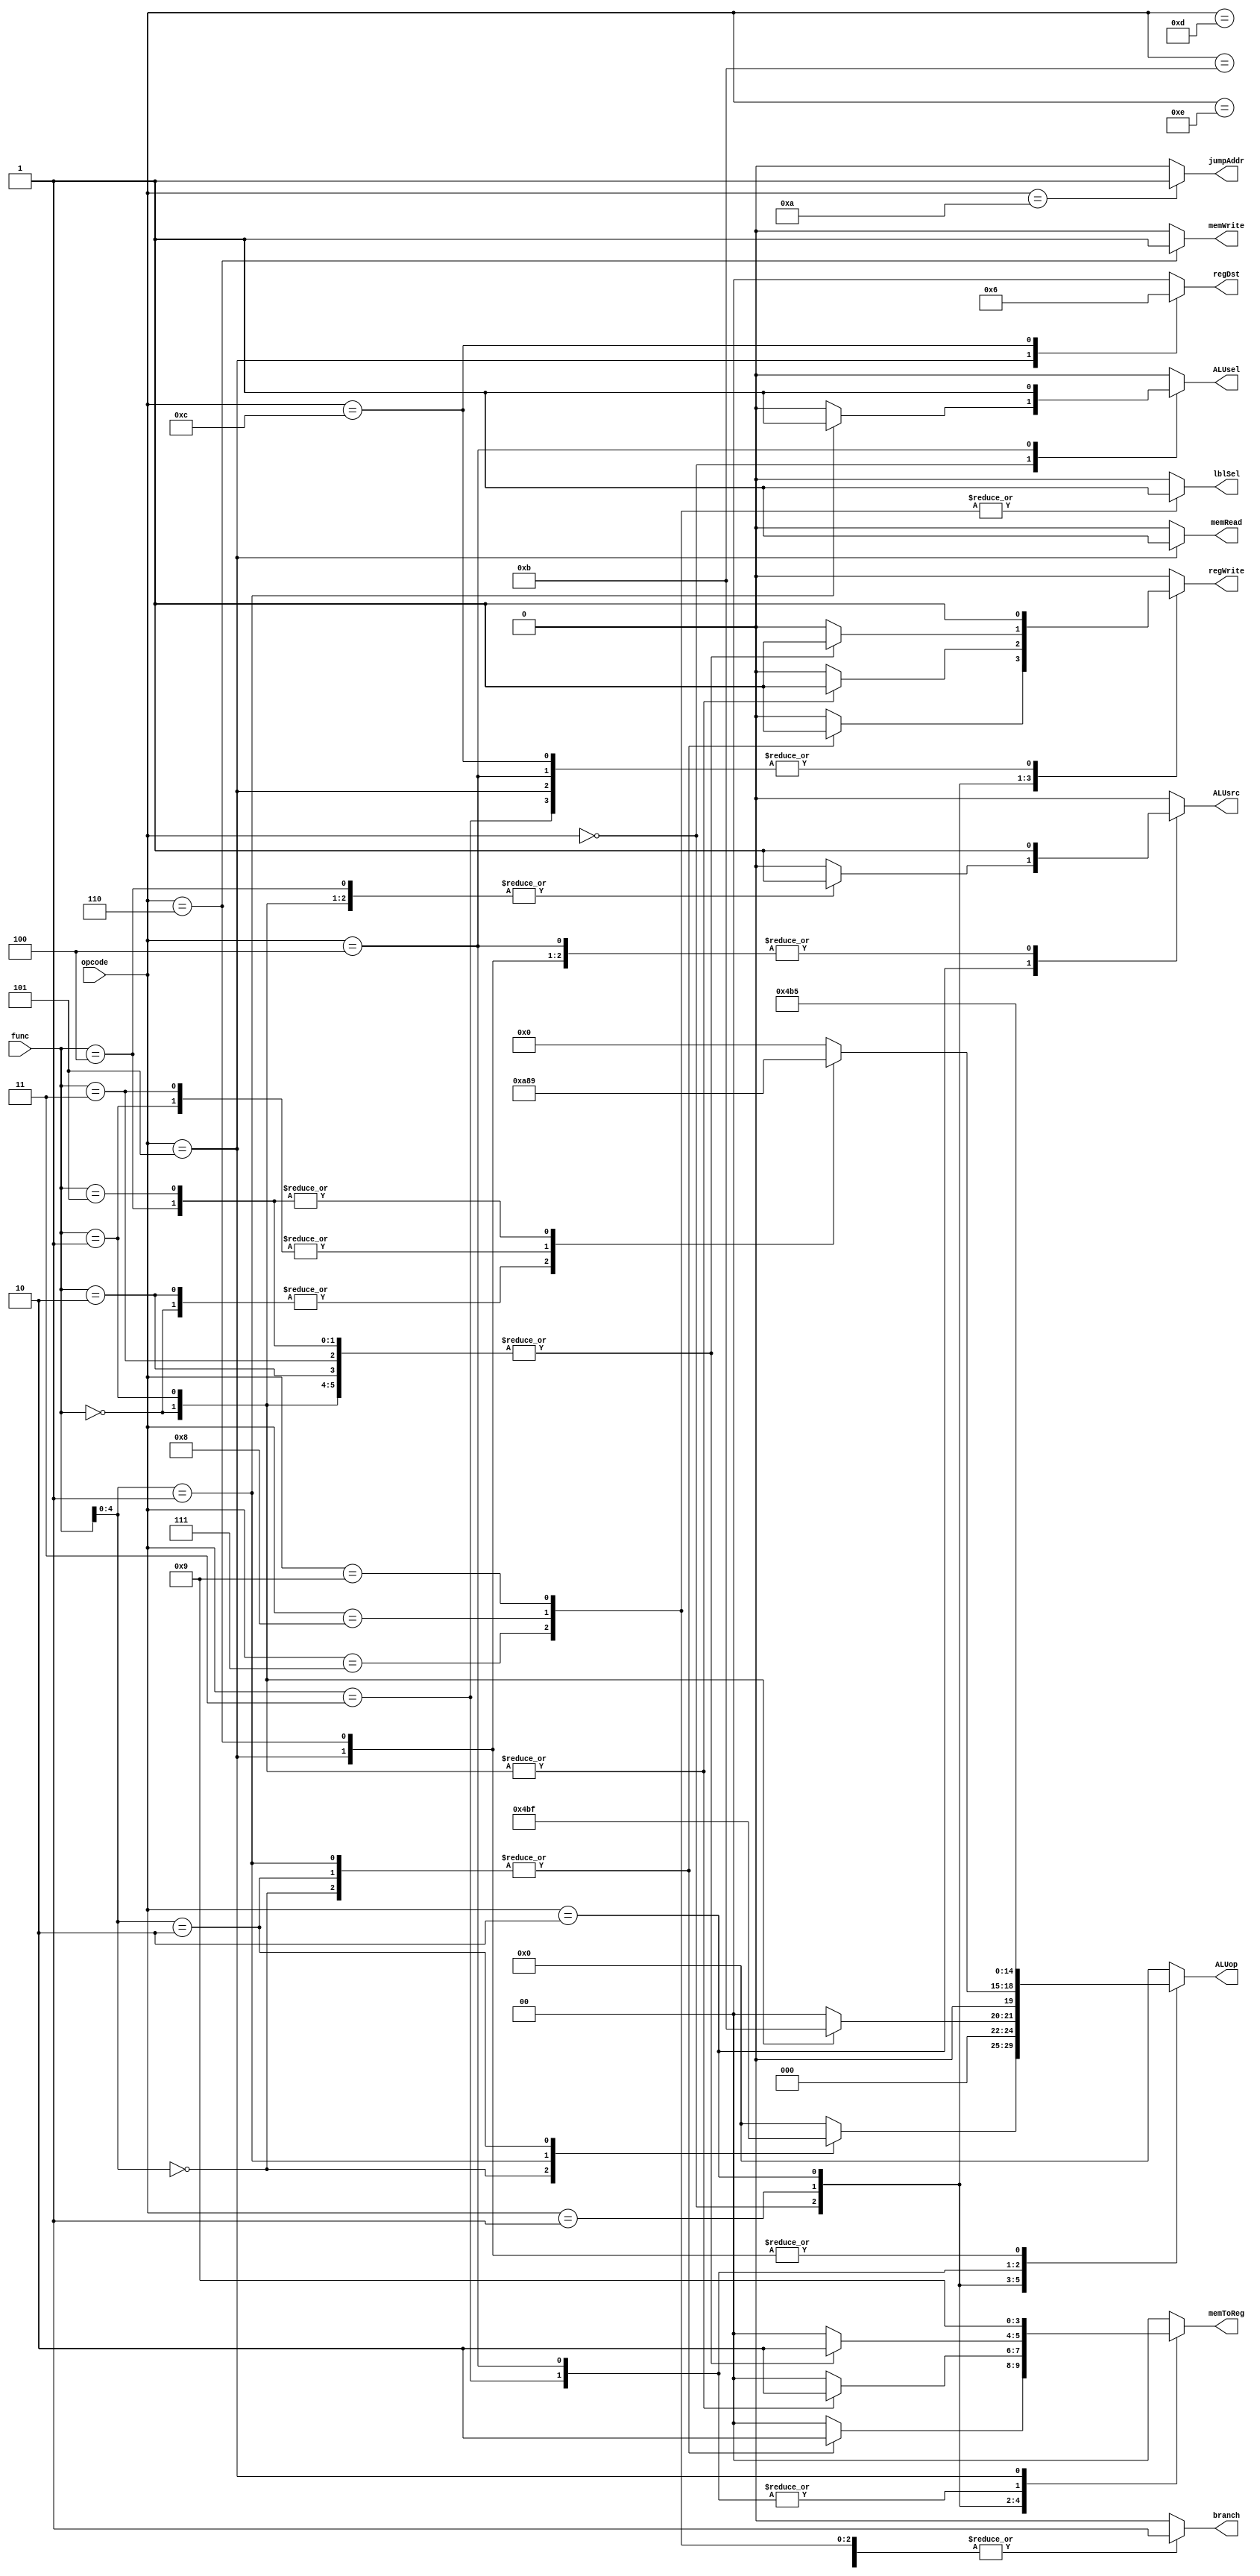
`timescale 1ns / 1ps

module control_unit (
    input [5:0] opcode,
    input [10:0] func,
    output reg [1:0] regDst,
    output reg regWrite,
    output reg memRead,
    output reg memWrite,
    output reg [1:0] memToReg,
    output reg ALUsrc,
    output reg [4:0] ALUop,
    output reg ALUsel,
    output reg branch,
    output reg jumpAddr,
    output reg lblSel
);

    always @(opcode or func) begin
        case (opcode)
            6'b000000 : begin
                case (func[4:0])
                    5'b00000 : begin        // add
                        regDst = 2'b00;
                        regWrite = 1'b1;
                        memRead = 1'b0;
                        memWrite = 1'b0;
                        memToReg = 2'b10;
                        ALUsrc = 1'b0;
                        ALUop = 5'b00001;
                        ALUsel = 1'b0;
                        branch = 1'b0;
                        jumpAddr = 1'b0;
                        lblSel = 1'b0;
                    end 
                    5'b00001 : begin        // comp
                        regDst = 2'b00;
                        regWrite = 1'b1;
                        memRead = 1'b0;
                        memWrite = 1'b0;
                        memToReg = 2'b10;
                        ALUsrc = 1'b0;
                        ALUop = 5'b00101;
                        ALUsel = 1'b1;
                        branch = 1'b0;
                        jumpAddr = 1'b0;
                        lblSel = 1'b0;
                    end
						  5'b00010 : begin        // diff
                        regDst = 2'b00;
                        regWrite = 1'b1;
                        memRead = 1'b0;
                        memWrite = 1'b0;
                        memToReg = 2'b10;
                        ALUsrc = 1'b0;
                        ALUop = 5'b11111;
                        ALUsel = 1'b0;
                        branch = 1'b0;
                        jumpAddr = 1'b0;
                        lblSel = 1'b0;
                    end
                    default: begin          // to prevent latch
                        regDst = 2'b00;
                        regWrite = 1'b0;
                        memRead = 1'b0;
                        memWrite = 1'b0;
                        memToReg = 2'b00;
                        ALUsrc = 1'b0;
                        ALUop = 5'b00000;
                        ALUsel = 1'b0;
                        branch = 1'b0;
                        jumpAddr = 1'b0;
                        lblSel = 1'b0;
                    end
                endcase
            end
            6'b000001 : begin
                case (func)
                    5'b00000 : begin        // and
                        regDst = 2'b00;
                        regWrite = 1'b1;
                        memRead = 1'b0;
                        memWrite = 1'b0;
                        memToReg = 2'b10;
                        ALUsrc = 1'b0;
                        ALUop = 5'b00010;
                        ALUsel = 1'b0;
                        branch = 1'b0;
                        jumpAddr = 1'b0;
                        lblSel = 1'b0;
                    end 
                    5'b00001 : begin        // xor
                        regDst = 2'b00;
                        regWrite = 1'b1;
                        memRead = 1'b0;
                        memWrite = 1'b0;
                        memToReg = 2'b10;
                        ALUsrc = 1'b0;
                        ALUop = 5'b00011;
                        ALUsel = 1'b0;
                        branch = 1'b0;
                        jumpAddr = 1'b0;
                        lblSel = 1'b0;
                    end
                    default: begin          // to prevent latch
                        regDst = 2'b00;
                        regWrite = 1'b0;
                        memRead = 1'b0;
                        memWrite = 1'b0;
                        memToReg = 2'b00;
                        ALUsrc = 1'b0;
                        ALUop = 5'b00000;
                        ALUsel = 1'b0;
                        branch = 1'b0;
                        jumpAddr = 1'b0;
                        lblSel = 1'b0;
                    end
                endcase
            end
            6'b000010 : begin
                case (func)
                    5'b00000 : begin        // shll
                        regDst = 2'b00;
                        regWrite = 1'b1;
                        memRead = 1'b0;
                        memWrite = 1'b0;
                        memToReg = 2'b10;
                        ALUsrc = 1'b1;
                        ALUop = 5'b01010;
                        ALUsel = 1'b0;
                        branch = 1'b0;
                        jumpAddr = 1'b0;
                        lblSel = 1'b0;
                    end 
                    5'b00001 : begin        // shrl
                        regDst = 2'b00;
                        regWrite = 1'b1;
                        memRead = 1'b0;
                        memWrite = 1'b0;
                        memToReg = 2'b10;
                        ALUsrc = 1'b1;
                        ALUop = 5'b01000;
                        ALUsel = 1'b0;
                        branch = 1'b0;
                        jumpAddr = 1'b0;
                        lblSel = 1'b0;
                    end
                    5'b00010 : begin        // shllv
                        regDst = 2'b00;
                        regWrite = 1'b1;
                        memRead = 1'b0;
                        memWrite = 1'b0;
                        memToReg = 2'b10;
                        ALUsrc = 1'b0;
                        ALUop = 5'b01010;
                        ALUsel = 1'b0;
                        branch = 1'b0;
                        jumpAddr = 1'b0;
                        lblSel = 1'b0;
                    end 
                    5'b00011 : begin        // shrlv
                        regDst = 2'b00;
                        regWrite = 1'b1;
                        memRead = 1'b0;
                        memWrite = 1'b0;
                        memToReg = 2'b10;
                        ALUsrc = 1'b0;
                        ALUop = 5'b01000;
                        ALUsel = 1'b0;
                        branch = 1'b0;
                        jumpAddr = 1'b0;
                        lblSel = 1'b0;
                    end
                    5'b00100 : begin        // shra
                        regDst = 2'b00;
                        regWrite = 1'b1;
                        memRead = 1'b0;
                        memWrite = 1'b0;
                        memToReg = 2'b10;
                        ALUsrc = 1'b1;
                        ALUop = 5'b01001;
                        ALUsel = 1'b0;
                        branch = 1'b0;
                        jumpAddr = 1'b0;
                        lblSel = 1'b0;
                    end 
                    5'b00101 : begin        // shrav
                        regDst = 2'b00;
                        regWrite = 1'b1;
                        memRead = 1'b0;
                        memWrite = 1'b0;
                        memToReg = 2'b10;
                        ALUsrc = 1'b0;
                        ALUop = 5'b01001;
                        ALUsel = 1'b0;
                        branch = 1'b0;
                        jumpAddr = 1'b0;
                        lblSel = 1'b0;
                    end
                    default: begin          // to prevent latch
                        regDst = 2'b00;
                        regWrite = 1'b0;
                        memRead = 1'b0;
                        memWrite = 1'b0;
                        memToReg = 2'b00;
                        ALUsrc = 1'b0;
                        ALUop = 5'b00000;
                        ALUsel = 1'b0;
                        branch = 1'b0;
                        jumpAddr = 1'b0;
                        lblSel = 1'b0;
                    end
                endcase
            end
            6'b000011 : begin               // addi
                regDst = 2'b00;
                regWrite = 1'b1;
                memRead = 1'b0;
                memWrite = 1'b0;
                memToReg = 2'b10;
                ALUsrc = 1'b1;
                ALUop = 5'b00001;
                ALUsel = 1'b0;
                branch = 1'b0;
                jumpAddr = 1'b0;
                lblSel = 1'b0;
            end
            6'b000100 : begin               // compi
                regDst = 2'b00;
                regWrite = 1'b1;
                memRead = 1'b0;
                memWrite = 1'b0;
                memToReg = 2'b10;
                ALUsrc = 1'b1;
                ALUop = 5'b00101;
                ALUsel = 1'b1;
                branch = 1'b0;
                jumpAddr = 1'b0;
                lblSel = 1'b0;
            end
            6'b000101 : begin               // lw
                regDst = 2'b01;
                regWrite = 1'b1;
                memRead = 1'b1;
                memWrite = 1'b0;
                memToReg = 2'b01;
                ALUsrc = 1'b1;
                ALUop = 5'b10101;
                ALUsel = 1'b0;
                branch = 1'b0;
                jumpAddr = 1'b0;
                lblSel = 1'b0;
            end
            6'b000110 : begin               // sw
                regDst = 2'b00;
                regWrite = 1'b0;
                memRead = 1'b0;
                memWrite = 1'b1;
                memToReg = 2'b00;
                ALUsrc = 1'b1;
                ALUop = 5'b10101;
                ALUsel = 1'b0;
                branch = 1'b0;
                jumpAddr = 1'b0;
                lblSel = 1'b0;
            end
            6'b000111 : begin               // bltz
                regDst = 2'b00;
                regWrite = 1'b0;
                memRead = 1'b0;
                memWrite = 1'b0;
                memToReg = 2'b00;
                ALUsrc = 1'b0;
                ALUop = 5'b00000;
                ALUsel = 1'b0;
                branch = 1'b1;
                jumpAddr = 1'b0;
                lblSel = 1'b1;
            end
            6'b001000 : begin               // bz
                regDst = 2'b00;
                regWrite = 1'b0;
                memRead = 1'b0;
                memWrite = 1'b0;
                memToReg = 2'b00;
                ALUsrc = 1'b0;
                ALUop = 5'b00000;
                ALUsel = 1'b0;
                branch = 1'b1;
                jumpAddr = 1'b0;
                lblSel = 1'b1;
            end
            6'b001001 : begin               // bnz
                regDst = 2'b00;
                regWrite = 1'b0;
                memRead = 1'b0;
                memWrite = 1'b0;
                memToReg = 2'b00;
                ALUsrc = 1'b0;
                ALUop = 5'b00000;
                ALUsel = 1'b0;
                branch = 1'b1;
                jumpAddr = 1'b0;
                lblSel = 1'b1;
            end
            6'b001010 : begin               // br
                regDst = 2'b00;
                regWrite = 1'b0;
                memRead = 1'b0;
                memWrite = 1'b0;
                memToReg = 2'b00;
                ALUsrc = 1'b0;
                ALUop = 5'b00000;
                ALUsel = 1'b0;
                branch = 1'b1;
                jumpAddr = 1'b1;
                lblSel = 1'b0;
            end
            6'b001011 : begin               // b
                regDst = 2'b00;
                regWrite = 1'b0;
                memRead = 1'b0;
                memWrite = 1'b0;
                memToReg = 2'b00;
                ALUsrc = 1'b0;
                ALUop = 5'b00000;
                ALUsel = 1'b0;
                branch = 1'b1;
                jumpAddr = 1'b0;
                lblSel = 1'b0;
            end
            6'b001100 : begin               // bl
                regDst = 2'b10;
                regWrite = 1'b1;
                memRead = 1'b0;
                memWrite = 1'b0;
                memToReg = 2'b00;
                ALUsrc = 1'b0;
                ALUop = 5'b00000;
                ALUsel = 1'b0;
                branch = 1'b1;
                jumpAddr = 1'b0;
                lblSel = 1'b0;
            end
            6'b001101 : begin               // bcy
                regDst = 2'b00;
                regWrite = 1'b0;
                memRead = 1'b0;
                memWrite = 1'b0;
                memToReg = 2'b00;
                ALUsrc = 1'b0;
                ALUop = 5'b00000;
                ALUsel = 1'b0;
                branch = 1'b1;
                jumpAddr = 1'b0;
                lblSel = 1'b0;
            end
            6'b001110 : begin               // bncy
                regDst = 2'b00;
                regWrite = 1'b0;
                memRead = 1'b0;
                memWrite = 1'b0;
                memToReg = 2'b00;
                ALUsrc = 1'b0;
                ALUop = 5'b00000;
                ALUsel = 1'b0;
                branch = 1'b1;
                jumpAddr = 1'b0;
                lblSel = 1'b0;
            end
            default: begin              // to prevent latch
                regDst = 2'b00;
                regWrite = 1'b0;
                memRead = 1'b0;
                memWrite = 1'b0;
                memToReg = 2'b00;
                ALUsrc = 1'b0;
                ALUop = 5'b00000;
                ALUsel = 1'b0;
                branch = 1'b0;
                jumpAddr = 1'b0;
                lblSel = 1'b0;
            end
        endcase
    end
endmodule